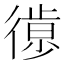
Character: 𢕱